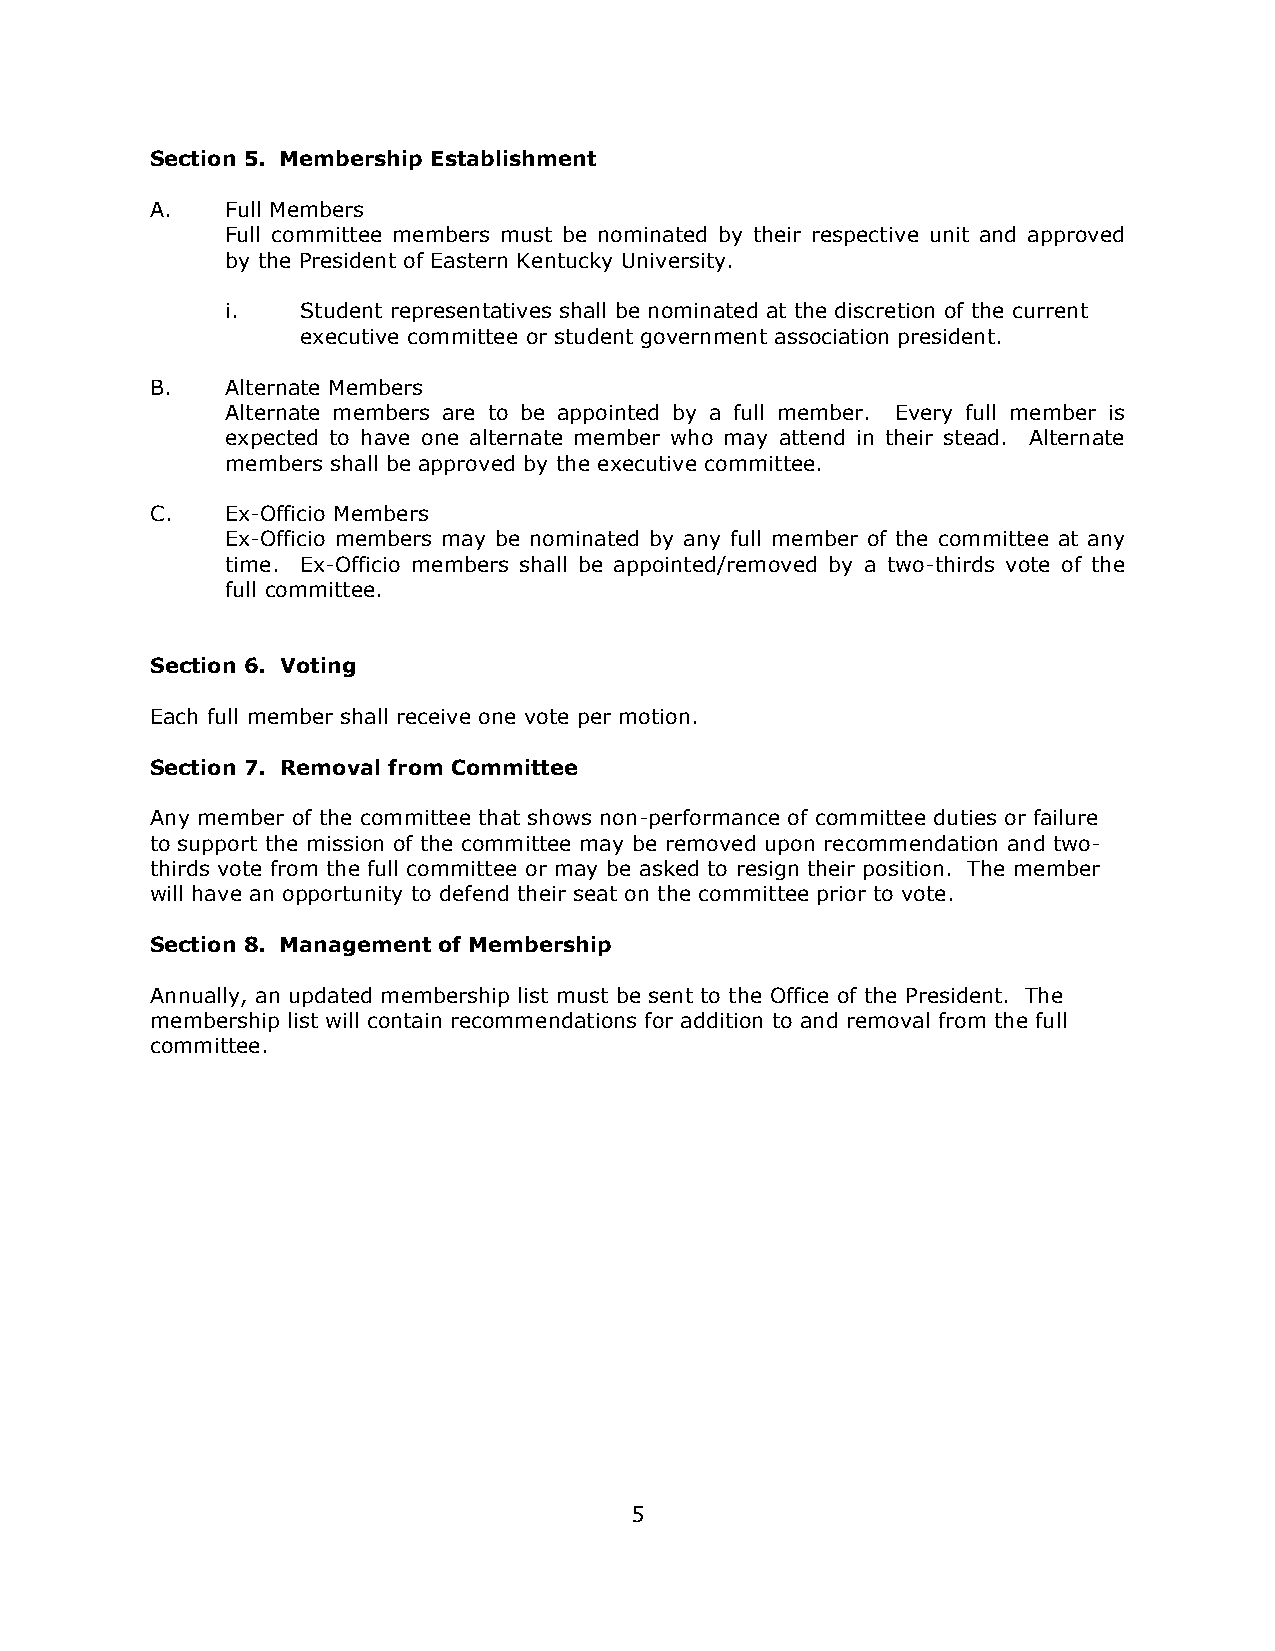
Section 5. Membership Establishment
 A.   Full Members
 Full committee members must be nominated by their respective unit and approved
 by the President of Eastern Kentucky University.
 i.   Student representatives shall be nominated at the discretion of the current
 executive committee or student government association president.
 B.   Alternate Members
 Alternate members are to be appointed by a full member. Every full member is
 expected to have one alternate member who may attend in their stead. Alternate
 members shall be approved by the executive committee.
 C.   Ex-Officio Members
 Ex-Officio members may be nominated by any full member of the committee at any
 time. Ex-Officio members shall be appointed/removed by a two-thirds vote of the
 full committee.
 Section 6. Voting
 Each full member shall receive one vote per motion.
 Section 7. Removal from Committee
 Any member of the committee that shows non-performance of committee duties or failure
 to support the mission of the committee may be removed upon recommendation and two-
 thirds vote from the full committee or may be asked to resign their position. The member
 will have an opportunity to defend their seat on the committee prior to vote.
 Section 8. Management of Membership
 Annually, an updated membership list must be sent to the Office of the President. The
 membership list will contain recommendations for addition to and removal from the full
 committee.
 5